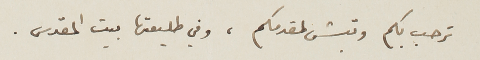
ترحب بكم وتبش لمقدمكم، وفي طليعتها بيت المقدس.